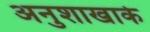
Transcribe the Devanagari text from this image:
अनुशाखाके